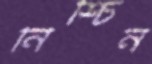
নিশ্চিন